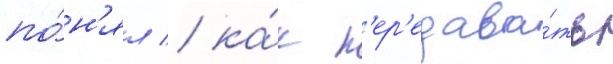
по́н'ял / ка́к п'ер'едава́ть